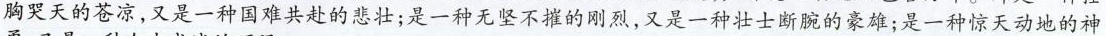
胸哭天的苍凉，又是一种国难共赴的悲壮；是一种无坚不摧的刚烈，又是一种壮士断腕的豪雄；是一种惊天动地的神